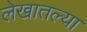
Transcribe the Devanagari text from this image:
लेखातल्या